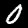
Digit: 0